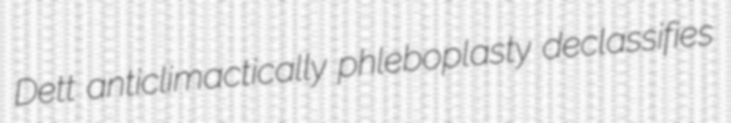
Dett anticlimactically phleboplasty declassifies